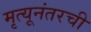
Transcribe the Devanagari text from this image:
मृत्यूनंतरची